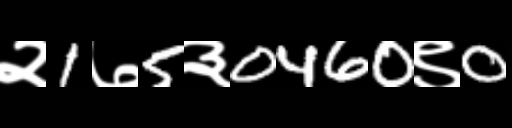
Text: २1७5३0460९0